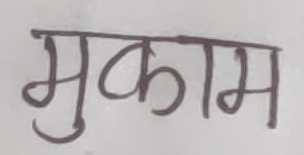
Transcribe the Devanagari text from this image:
मुकाम